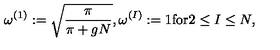
\omega ^ { ( 1 ) } : = \sqrt { \frac { \pi } { \pi + g N } } , \omega ^ { ( I ) } : = 1 \mathrm { f o r } 2 \leq I \leq N ,